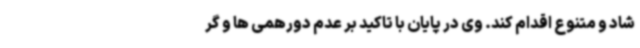
شاد و متنوع اقدام کند. وی در پایان با تاکید بر عدم دورهمی ها و گر